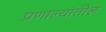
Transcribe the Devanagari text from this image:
प्रणाल्यांतील